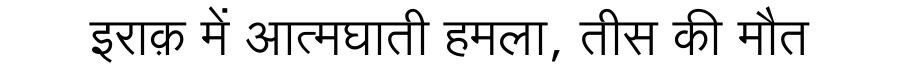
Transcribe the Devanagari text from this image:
इराक़ में आत्मघाती हमला, तीस की मौत